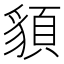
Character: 䫉